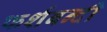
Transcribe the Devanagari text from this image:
फर्शबन्दी